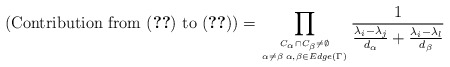
\begin{align*}(\mbox {Contribution from (\ref{43}) to (\ref{34})}) =\prod_{{C_{\alpha}\cap C_{\beta}\neq\emptyset}\atop{\alpha\neq\beta\;\alpha,\beta\in Edge(\Gamma)}}\frac{1}{\frac{\lambda_{i}-\lambda_{j}}{d_{\alpha}}+\frac{\lambda_{i}-\lambda_{l}}{d_{\beta}}}\end{align*}